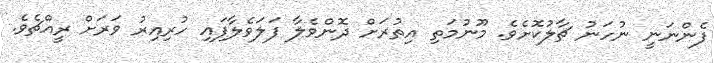
ފެންނަނީ ނުހަނު ޗާލުކޮށެވެ. މޫނުމަތި އިތުރަށް ދޮންވެލާ ފަލަވެލާފައި ހުރިއިރު ވަރަށް ރީއްޗެވެ.